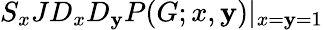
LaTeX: S_{x}JD_{x}D_{\mathbf{y}}P(G;x,\mathbf{y})|_{x=\mathbf{y}=1}